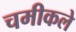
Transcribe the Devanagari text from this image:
चमीकले